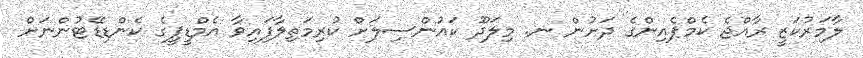
ލާމަރުކަޒީ ރާއްޖެ ކެމްޕެއިންގެ ދަށުން ނ. މިލަދޫ ކައުންސިލަށް ކުރިމަތިލާފައިވާ އެމްޑީޕީގެ ކެންޑިޑޭޓުންނަށް